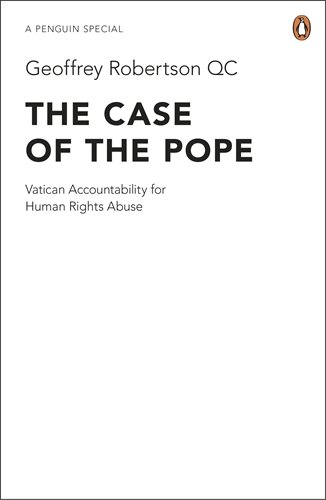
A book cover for The Case of the Pope: Vatican Accountability for Human Rights Abuse; GeoffreyRobertson QC; Christian Books & Bibles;